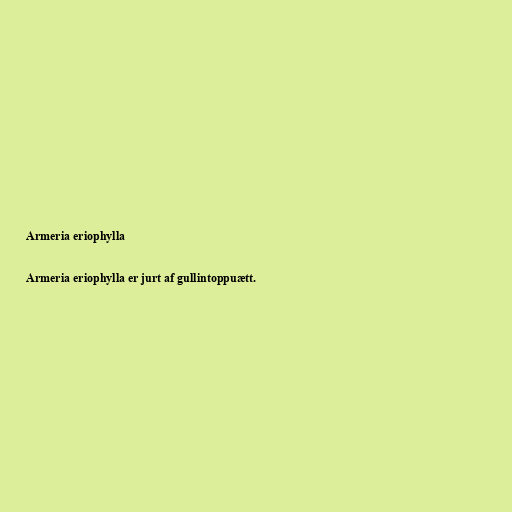
Armeria eriophylla

Armeria eriophylla er jurt af gullintoppuætt.